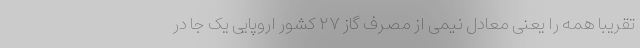
تقریبا همه را یعنی معادل نیمی از مصرف گاز ۲۷ کشور اروپایی یک جا در